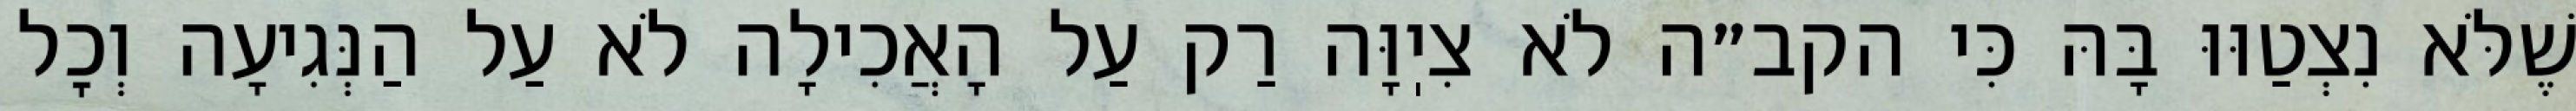
שֶׁלֹּא נִצְטַוּוּ בָּהּ כִּי הקב״ה לֹא צִיֽוָּה רַק עַל הָאֲכִילָה לֹא עַל הַנְּגִיעָה וְכׇל